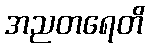
အညတရေတိ